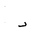
Letter: _dal